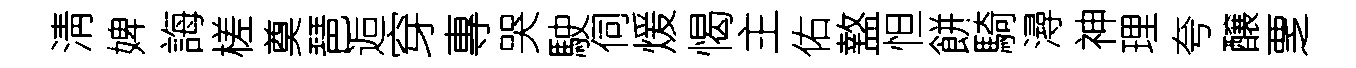
淸婢誨槎奠琶逅穿專哭駛伺煖愒主佑盩怛餅騎潯神理夸醸覂